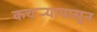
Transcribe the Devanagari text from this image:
कचर्‍यापासून